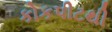
કોકપીટથી